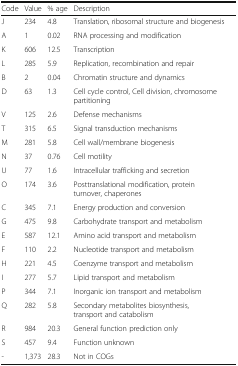
<table><thead><tr><td><b>Code</b></td><td><b>Value</b></td><td><b>% age</b></td><td><b>Description</b></td></tr></thead><tbody><tr><td>J</td><td>234</td><td>4.8</td><td>Translation, ribosomal structure and biogenesis</td></tr><tr><td>A</td><td>1</td><td>0.02</td><td>RNA processing and modification</td></tr><tr><td>K</td><td>606</td><td>12.5</td><td>Transcription</td></tr><tr><td>L</td><td>285</td><td>5.9</td><td>Replication, recombination and repair</td></tr><tr><td>B</td><td>2</td><td>0.04</td><td>Chromatin structure and dynamics</td></tr><tr><td>D</td><td>63</td><td>1.3</td><td>Cell cycle control, Cell division, chromosome partitioning</td></tr><tr><td>V</td><td>125</td><td>2.6</td><td>Defense mechanisms</td></tr><tr><td>T</td><td>315</td><td>6.5</td><td>Signal transduction mechanisms</td></tr><tr><td>M</td><td>281</td><td>5.8</td><td>Cell wall/membrane biogenesis</td></tr><tr><td>N</td><td>37</td><td>0.76</td><td>Cell motility</td></tr><tr><td>U</td><td>77</td><td>1.6</td><td>Intracellular trafficking and secretion</td></tr><tr><td>O</td><td>174</td><td>3.6</td><td>Posttranslational modification, protein turnover, chaperones</td></tr><tr><td>C</td><td>345</td><td>7.1</td><td>Energy production and conversion</td></tr><tr><td>G</td><td>475</td><td>9.8</td><td>Carbohydrate transport and metabolism</td></tr><tr><td>E</td><td>587</td><td>12.1</td><td>Amino acid transport and metabolism</td></tr><tr><td>F</td><td>110</td><td>2.2</td><td>Nucleotide transport and metabolism</td></tr><tr><td>H</td><td>221</td><td>4.5</td><td>Coenzyme transport and metabolism</td></tr><tr><td>I</td><td>277</td><td>5.7</td><td>Lipid transport and metabolism</td></tr><tr><td>P</td><td>344</td><td>7.1</td><td>Inorganic ion transport and metabolism</td></tr><tr><td>Q</td><td>282</td><td>5.8</td><td>Secondary metabolites biosynthesis, transport and catabolism</td></tr><tr><td>R</td><td>984</td><td>20.3</td><td>General function prediction only</td></tr><tr><td>S</td><td>457</td><td>9.4</td><td>Function unknown</td></tr><tr><td>-</td><td>1,373</td><td>28.3</td><td>Not in COGs</td></tr></tbody></table>